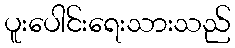
ပူးပေါင်းရေးသားသည်